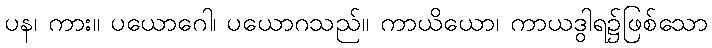
ပန၊ ကား။ ပယောဂေါ၊ ပယောဂသည်။ ကာယိယော၊ ကာယဒွါရ၌ဖြစ်သော